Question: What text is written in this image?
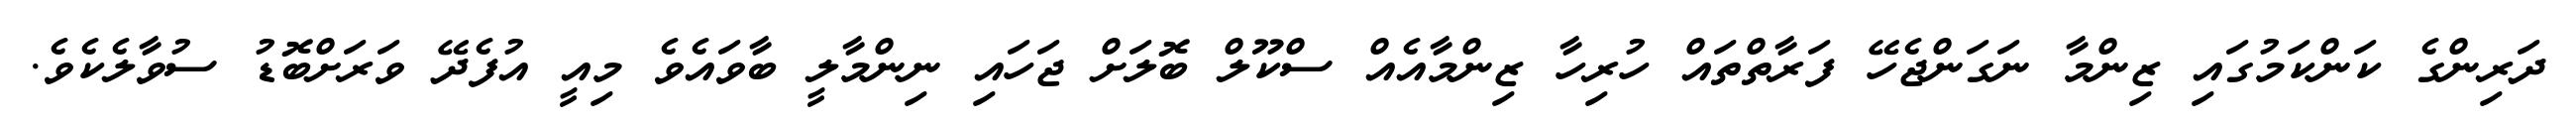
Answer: ދަރިންގެ ކަންކަމުގައި ޒިންމާ ނަގަންޖެހޭ ފަރާތްތައް ހުރިހާ ޒިންމާއެއް ސްކޫލް ބޮލަށް ޖަހައި ނިންމާލީ ބާވައެވެ މިއީ އުފެދޭ ވަރަށްބޮޑު ސުވާލެކެވެ.